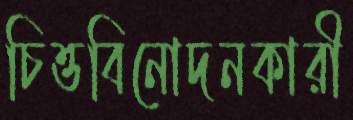
চিত্তবিনোদনকারী